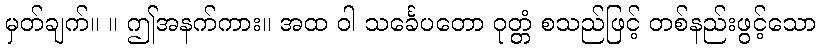
မှတ်ချက်။ ။ ဤအနက်ကား။ အထ ဝါ သင်္ခေပတော ဝုတ္တံ စသည်ဖြင့် တစ်နည်းဖွင့်သော